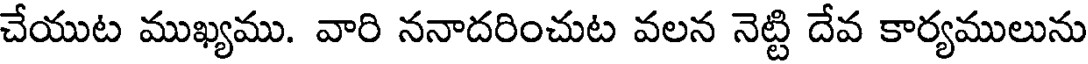
చేయుట ముఖ్యము. వారి ననాదరించుట వలన నెట్టి దేవ కార్యములును